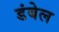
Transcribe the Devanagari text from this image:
डंबेल